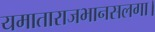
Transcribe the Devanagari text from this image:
यमाताराजभानसलगा।